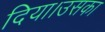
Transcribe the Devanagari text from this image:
दिया।उसका